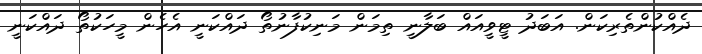
ދެއްކުންތެރިކަން. އަބަދު ޓީވީއައް ބަލާނީ ތިމަން މަނިކުފާނުތޯ ދައްކަނީ އެހެން މީހަކުތޯ ދައްކަނީ